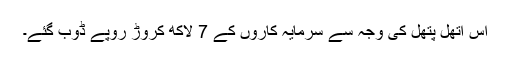
اس اتھل پتھل کی وجہ سے سرمایہ کاروں کے 7 لاکھ کروڑ روپے ڈوب گئے۔